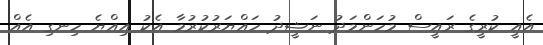
އެއީ ކުރީގެ ރައީސް މުހަންމަދު ނަޝީދު ހައްޔަރުކުރުމާ އެކު އިއްޔެ ހިނގި އެއް